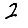
Digit: 2